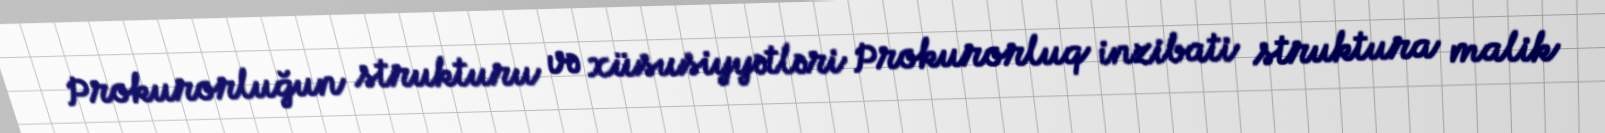
Prokurorluğun strukturu və xüsusiyyətləri Prokurorluq inzibati struktura malik